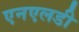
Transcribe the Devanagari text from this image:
एनएलडी